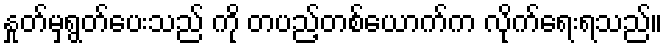
နှုတ်မှရွတ်ပေးသည် ကို တပည့်တစ်ယောက်က လိုက်ရေးရသည်။